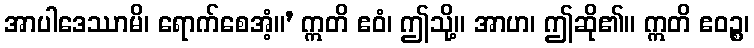
အာပါဒေဿာမိ၊ ရောက်စေအံ့။’ ဣတိ ဧဝံ၊ ဤသို့။ အာဟ၊ ဤဆို၏။ ဣတိ ဧဝဉ္စ၊